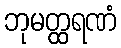
ဘုမတ္ထရဏံ